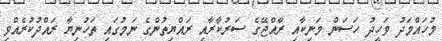
މުހައްމަދު ވަހީދު ހަސަން މަނިކާއި ރާއްޖޭގެ ސަރުކާރާއި ރައްޔިތުންގެ ނަމުގައި ތަހުނިޔާ ރައްދުކުރެއްވި